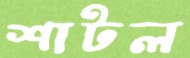
শাটল